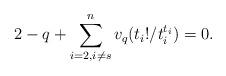
LaTeX: \begin{align*}2-q+ \sum_{i = 2, i \neq s}^n v_q(t_i!/t_i^{t_i}) = 0.\end{align*}